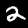
Digit: 2